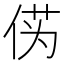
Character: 𫢭